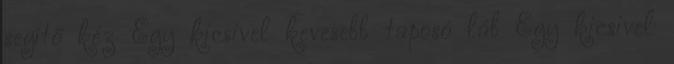
segítő kéz Egy kicsivel kevesebb taposó láb Egy kicsivel